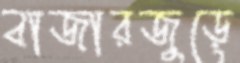
বাজারজুড়ে